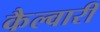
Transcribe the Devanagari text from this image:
कैल्वारी